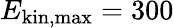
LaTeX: E_{\mathrm{kin,max}}=300